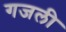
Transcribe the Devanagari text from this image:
गजली